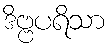
ဒိဗ္ဗပရိသာ